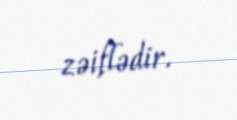
zəiflədir.